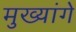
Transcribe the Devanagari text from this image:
मुख्यांगे